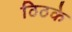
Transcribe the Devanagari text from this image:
ठिठके